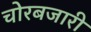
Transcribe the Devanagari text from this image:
चोरबजारी